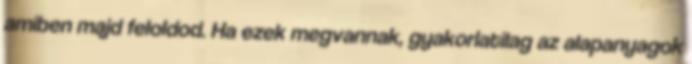
amiben majd feloldod. Ha ezek megvannak, gyakorlatilag az alapanyagok